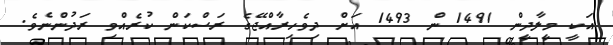
އަކީ މީލާދީން 1491 ން 1493 އަށް ދިވެހިރާއްޖޭގެ ރަސްކަން ކުރެއްވި ރަދުންނެވެ.